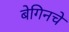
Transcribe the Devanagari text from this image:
बेगिनचे